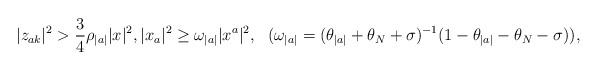
LaTeX: \begin{align*}|z_{ak}|^2>\frac{3}{4}\rho_{|a|}|x|^2,|x_a|^2\ge\omega_{|a|}|x^a|^2,\ \ (\omega_{|a|}=(\theta_{|a|}+\theta_N+\sigma)^{-1}(1-\theta_{|a|}-\theta_N-\sigma)),\end{align*}